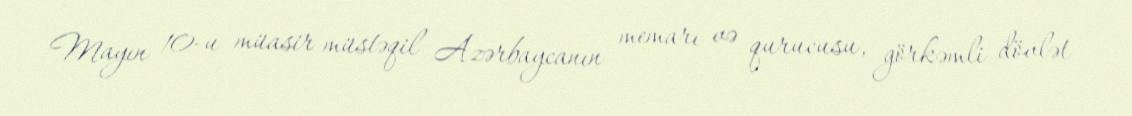
Mayın 10-u müasir müstəqil Azərbaycanın memarı və qurucusu, görkəmli dövlət